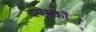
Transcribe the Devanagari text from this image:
वयस्कोंा